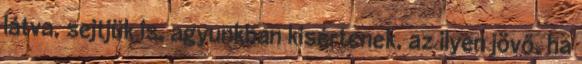
látva, sejtjük is, agyunkban kisértenek, az ilyen jövő, ha